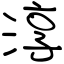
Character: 淳